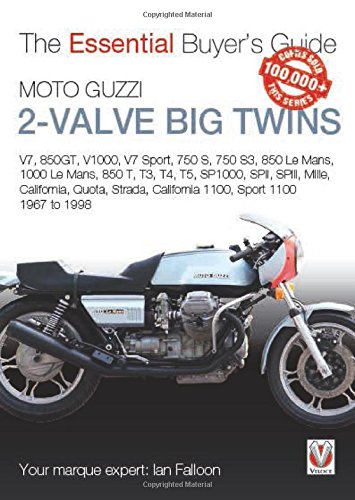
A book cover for Moto Guzzi 2-valve big twins: V7, 850GT, V1000, V7 Sport, 750 S, 750 S3, 850 Le Mans, 1000 Le Mans, 850 T, T3, T4, T5, (Essential Buyer's Guide); Ian Falloon; Arts & Photography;